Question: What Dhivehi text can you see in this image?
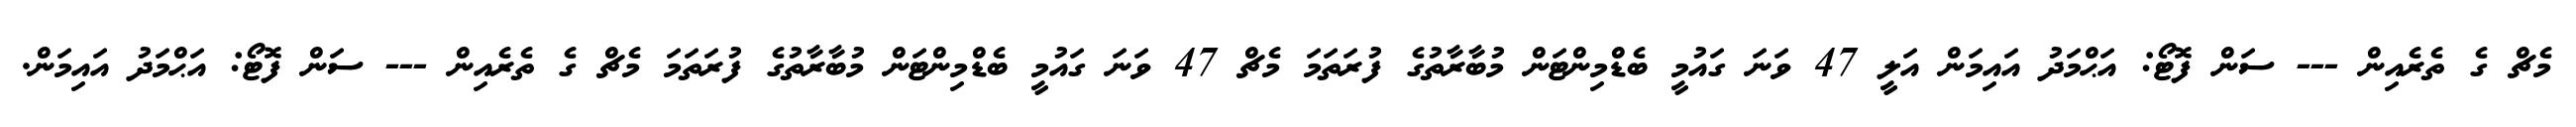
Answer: މެޗް ގެ ތެރެއިން --- ސަން ފޮޓޯ: އަޙްމަދު އައިމަން އަލީ 47 ވަނަ ގައުމީ ބެޑްމިންޓަން މުބާރާތުގެ ފުރަތަމަ މެޗް 47 ވަނަ ގައުމީ ބެޑްމިންޓަން މުބާރާތުގެ ފުރަތަމަ މެޗް ގެ ތެރެއިން --- ސަން ފޮޓޯ: އަޙްމަދު އައިމަން.